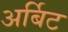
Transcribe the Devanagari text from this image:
अर्बिट